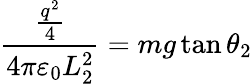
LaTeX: {\frac{\frac{q^{2}}{4}}{4\pi\varepsilon_{0}L_{2}^{2}}}=mg\tan\theta_{2}